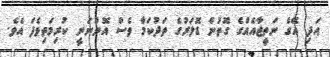
އަދި އޭގެ ނަތީޖާއެއްގެ ގޮތުން ޑޮލަރުގެ ތަދުކަމާ ވެސް އޮންނަނީ ކުރިމަތިވެފަ އެވެ.